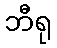
ဘီရု